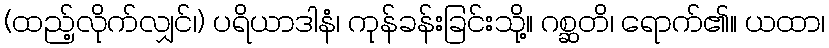
(ထည့်လိုက်လျှင်၊) ပရိယာဒါနံ၊ ကုန်ခန်းခြင်းသို့။ ဂစ္ဆတိ၊ ရောက်၏။ ယထာ၊